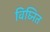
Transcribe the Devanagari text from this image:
विघ्नित